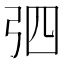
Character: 𢏎